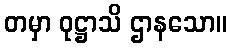
တမှာ ဝုဋ္ဌာသိ ဌာနသော။